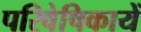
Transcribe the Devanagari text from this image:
परिवेषिकायें